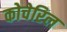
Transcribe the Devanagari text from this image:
कोचेरिल